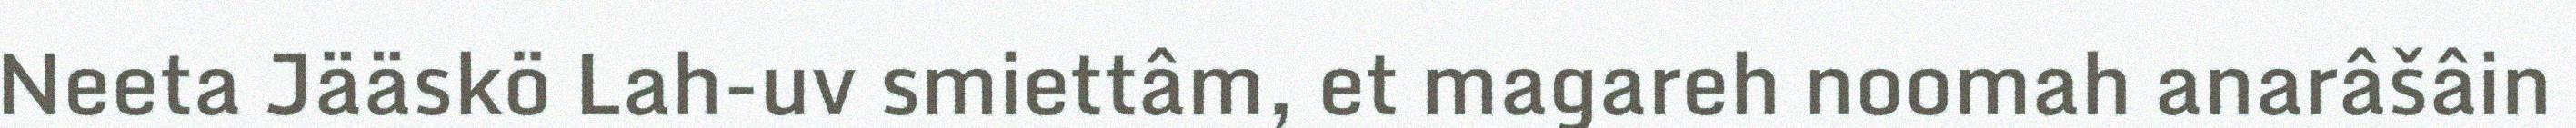
Neeta Jääskö Lah-uv smiettâm, et magareh noomah anarâšâin